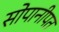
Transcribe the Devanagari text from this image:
सोपानीपत